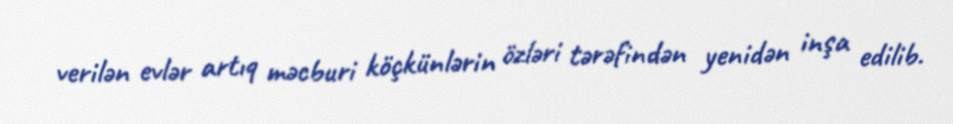
verilən evlər artıq məcburi köçkünlərin özləri tərəfindən yenidən inşa edilib.